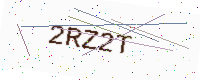
Text: 2RZ2T